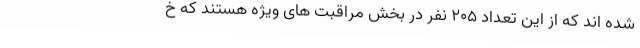
شده اند که از این تعداد ۲۰۵ نفر در بخش مراقبت های ویژه هستند که خ